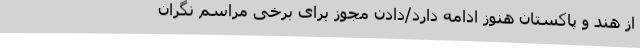
از هند و پاکستان هنوز ادامه دارد/دادن مجوز برای برخی مراسم‌ نگران